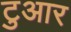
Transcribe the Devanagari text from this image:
टुआर